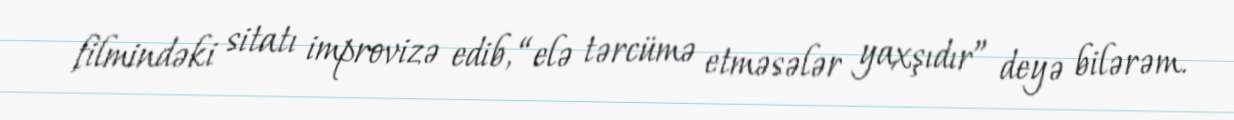
filmindəki sitatı improvizə edib, “elə tərcümə etməsələr yaxşıdır” deyə bilərəm.